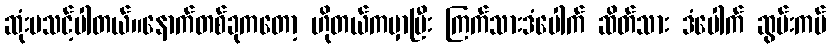
ဆုံးမသင့်ပါတယ်။နောက်တစ်ခုကတော့ ဟိုတယ်ကမှာပြီး ကြက်သားဒံပေါက် ဆိတ်သား ဒံပေါက် ဆွမ်းကပ်